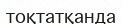
тоқтатқанда